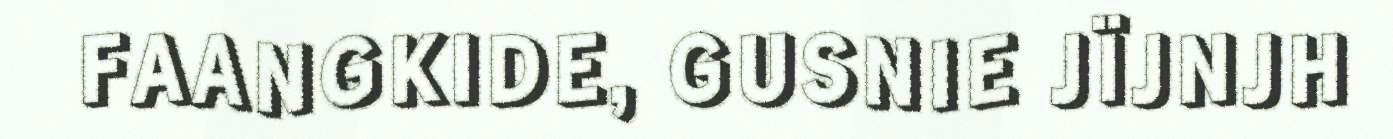
FAANGKIDE, GUSNIE JÏJNJH